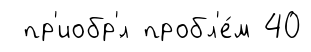
пр'иобр'́л пробл'е́м 40